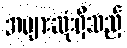
အများဆုံးရှိသည့်